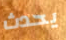
يحدث